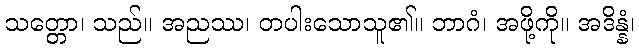
သတ္တော၊ သည်။ အညဿ၊ တပါးသောသူ၏။ ဘာဂံ၊ အဖို့ကို။ အဒိန္နံ၊